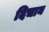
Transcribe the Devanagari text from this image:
दिचान